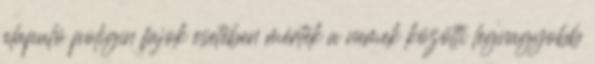
alapuló poligín fajok esetében mérték a nemek közötti legnagyobb